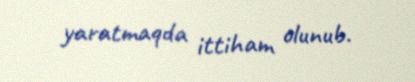
yaratmaqda ittiham olunub.